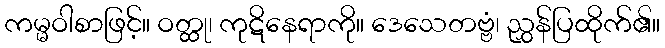
ကမ္မဝါစာဖြင့်။ ဝတ္ထု၊ ကုဋိနေရာကို။ ဒေသေတဗ္ဗံ၊ ညွှန်ပြထိုက်၏။